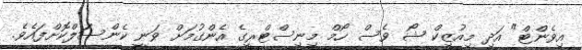
އިވެންޓް" އަދި މިއުޒިކް ޝޯ ވެސް ހޯމް މިނިސްޓްރީގެ އެންގުމަށް ވަނީ ކެންސަލްކޮށްފައެވެ.